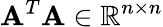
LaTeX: \mathbf{A}^{T}\mathbf{A}\in\mathbb{R}^{n\times n}